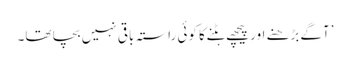
’آگے بڑھنے اور پیچھے ہٹنے کا کوئی راستہ باقی نہیں بچا تھا۔